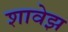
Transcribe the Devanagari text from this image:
शावेझ